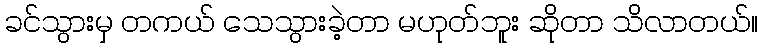
ခင်သွားမှ တကယ် သေသွားခဲ့တာ မဟုတ်ဘူး ဆိုတာ သိလာတယ်။